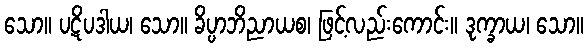
သော။ ပဋိပဒါယ၊ သော။ ခိပ္ပာဘိညာယစ၊ ဖြင့်လည်းကောင်း။ ဒုက္ခာယ၊ သော။